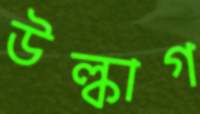
উল্কাগ